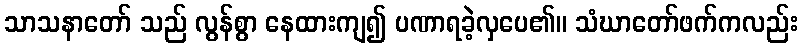
သာသနာတော် သည် လွန်စွာ နေထားကျ၍ ပဏာရခဲ့လှပေ၏။ သံဃာတော်ဖက်ကလည်း